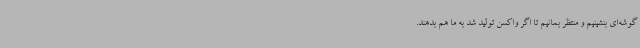
گوشه‌ای بنشینیم و منتظر بمانیم تا اگر واکسن تولید شد به ما هم بدهند.